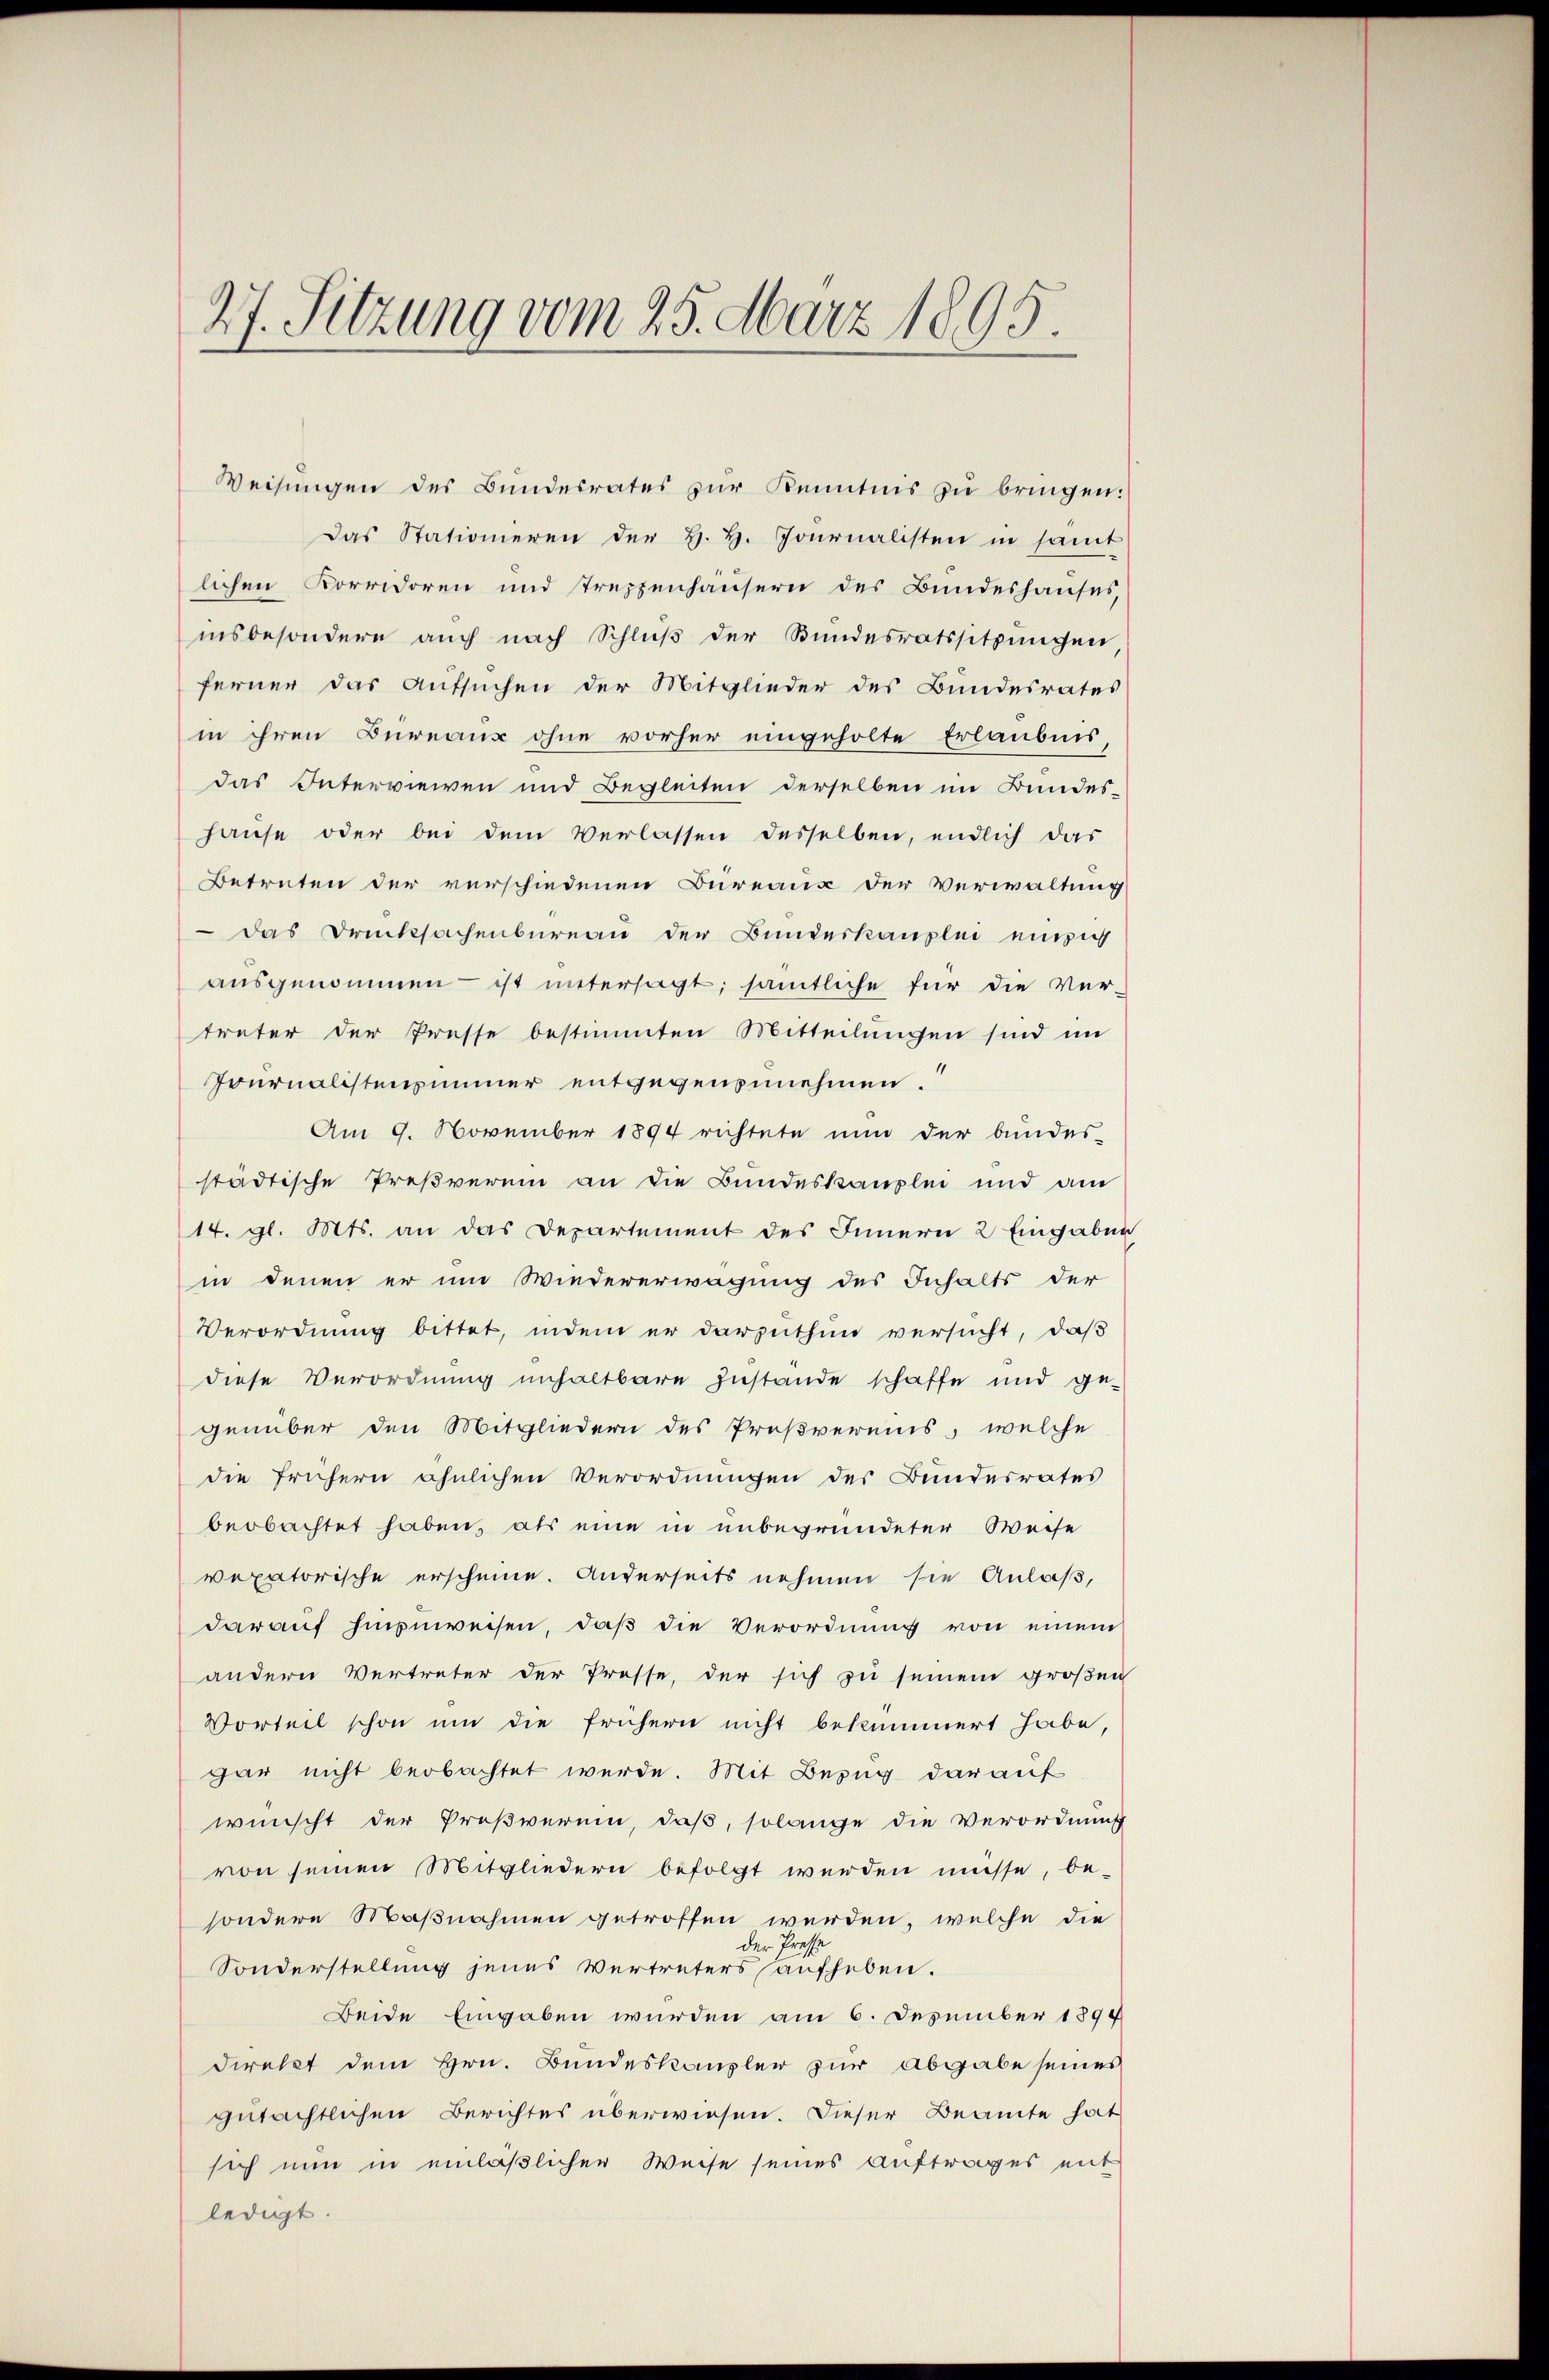
27. Sitzung vom 25. März 1895.

Weisŭngen des Bundesrates zŭr Kenntnis zu bringen:
Das Stationieren der H. H. Journalisten in samt
lichen Korridoren und treppenhäusern des Bundeshauses,
insbesondere auch nach Schlŭβ der Bundesratssitzŭngen
ferner das Aufsuchen der Mitglieder des Bundesrates
in ihren Bureaus ohne vorher eingeholte Erlaubnis
das Interviewen und Begleiten derselben im Bundes-
hause oder bei dem Verlassen desselben, endlich das
Betreten der verschiedenen Bureaux der Verwaltung
 das Drucksachenbureau der Bundeskanzlei einig
aŭsgenommen ist untersagt; sämtliche für die Ver-
treter der Presse bestimmten Mitteilungen sind im
Pournalistenzimmer entgegenzunehmen.
Am 9. November 1894 richtete nun der bundes-
städtische Preßverein an die Bundeskanzlei und am
14. gl. Mts. an das Departement des Innern 2 Eingaben
in denen er um Wiedererwägung des Inhalts der
Verordnung bittet, indem er darzuthun versucht, daß
diese Verordnung unhaltbare Zustande schaffe und ge-
genüber den Mitgliedern des Proßvereins, welche
die frühern ähnlichen Verordnungen des Bundesrates
beobachtet haben, als eine in unbegründeter Weise
vexatorische erscheine. Anderseits nehmen sie Anlaß,
darauf hinzuweisen, daß die Verordnung von einem
andern Vertreter der Presse, der sich zu seinem großen
Vorteil schon um die frühern nicht bekümmert habe,
gar nicht beobachtet werde. Mit Bezug darauf
wünscht der Proßverein, daß, solange die Verordnung
von seinen Mitgliedern befolgt werden müsse, be-
sondern Maßnahmen getroffen werden, welche die
der Presse
Sonderstellung jenes Vertreters aufheben.
Beide Eingaben wurden am 6. Dezember 1894
direkt dem Hrn. Bundeskanzler zur Abgabe seines
gutächtlichen Berichtes überwiesen. Dieser Beamte hat
sich nun in einläßlicher Weise seines Auftrages mit
ledigt.